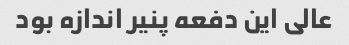
عالی این دفعه پنیر اندازه بود